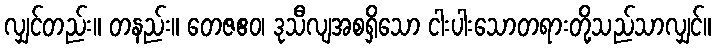
လျှင်တည်း။ တနည်း။ တေဇဧဝ၊ ဒုသီလျအစရှိသော ငါးပါးသောတရားတို့သည်သာလျှင်။